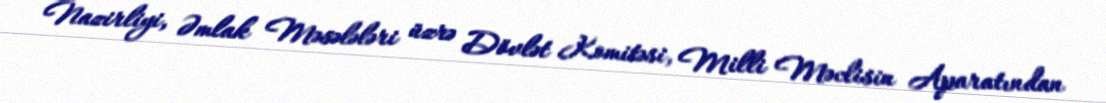
Nazirliyi, Əmlak Məsələləri üzrə Dövlət Komitəsi, Milli Məclisin Aparatından